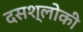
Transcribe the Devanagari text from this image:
दसश्लोकी